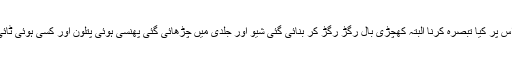
شکل صورت تو اللہ کی بنائی ہوتی ہے اس پر کیا تبصرہ کرنا البتہ کھچڑی بال رگڑ رگڑ کر بنائی گئی شیو اور جلدی میں چڑھائی گئی پھنسی ہوئی پتلون اور کسَی ہوئی ٹائی نے ان کا حُلیہ مضحکہ خیز بنا دیا تھا۔